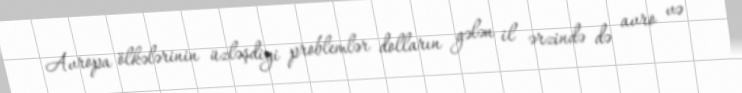
Avropa ölkələrinin üzləşdiyi problemlər dolların gələn il ərzində də avro və